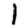
Digit: 1